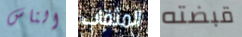
الناس المثقاب قبضته